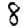
Digit: 8